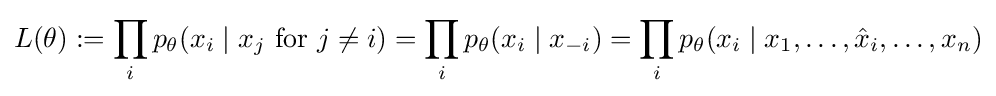
L(\theta ):=\prod _{i}p_{\theta }(x_{i}\mid x_{j}{\text{ for }}j\neq i)=\prod _{i}p_{\theta }(x_{i}\mid x_{-i})=\prod _{i}p_{\theta }(x_{i}\mid x_{1},\ldots ,{\hat {x}}_{i},\ldots ,x_{n})